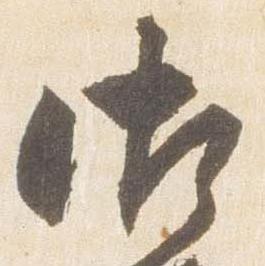
御